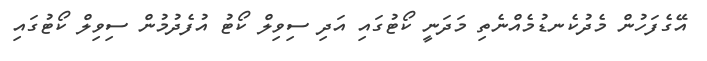
އޭގެފަހުން މެދުކެނޑުމެއްނެތި މަދަނީ ކޯޓުގައި އަދި ސިވިލް ކޯޓު އުފެދުމުން ސިވިލް ކޯޓުގައި